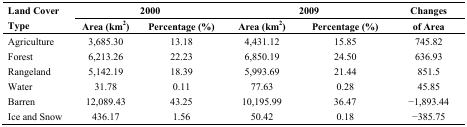
| <ROWSPAN=2> Land Cover Type | <COLSPAN=2> 2000 | <COLSPAN=2> 2009 | Changes |
 | Area (km2) | Percentage (%) | Area (km2) | Percentage (%) | of Area |
 | --- | --- | --- | --- | --- | --- |
 | Agriculture | 3,685.30 | 13.18 | 4,431.12 | 15.85 | 745.82 |
 | Forest | 6,213.26 | 22.23 | 6,850.19 | 24.50 | 636.93 |
 | Rangeland | 5,142.19 | 18.39 | 5,993.69 | 21.44 | 851.5 |
 | Water | 31.78 | 0.11 | 77.63 | 0.28 | 45.85 |
 | Barren | 12,089.43 | 43.25 | 10,195.99 | 36.47 | −1,893.44 |
 | Ice and Snow | 436.17 | 1.56 | 50.42 | 0.18 | −385.75 |